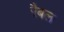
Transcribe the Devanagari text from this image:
रैबल